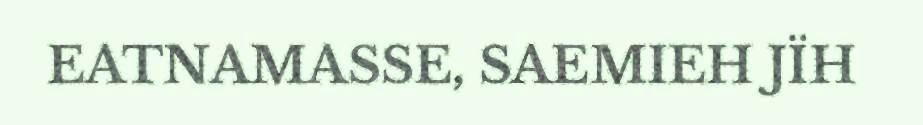
EATNAMASSE, SAEMIEH JÏH